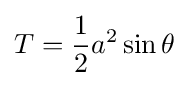
T={\frac {1}{2}}a^{2}\sin \theta